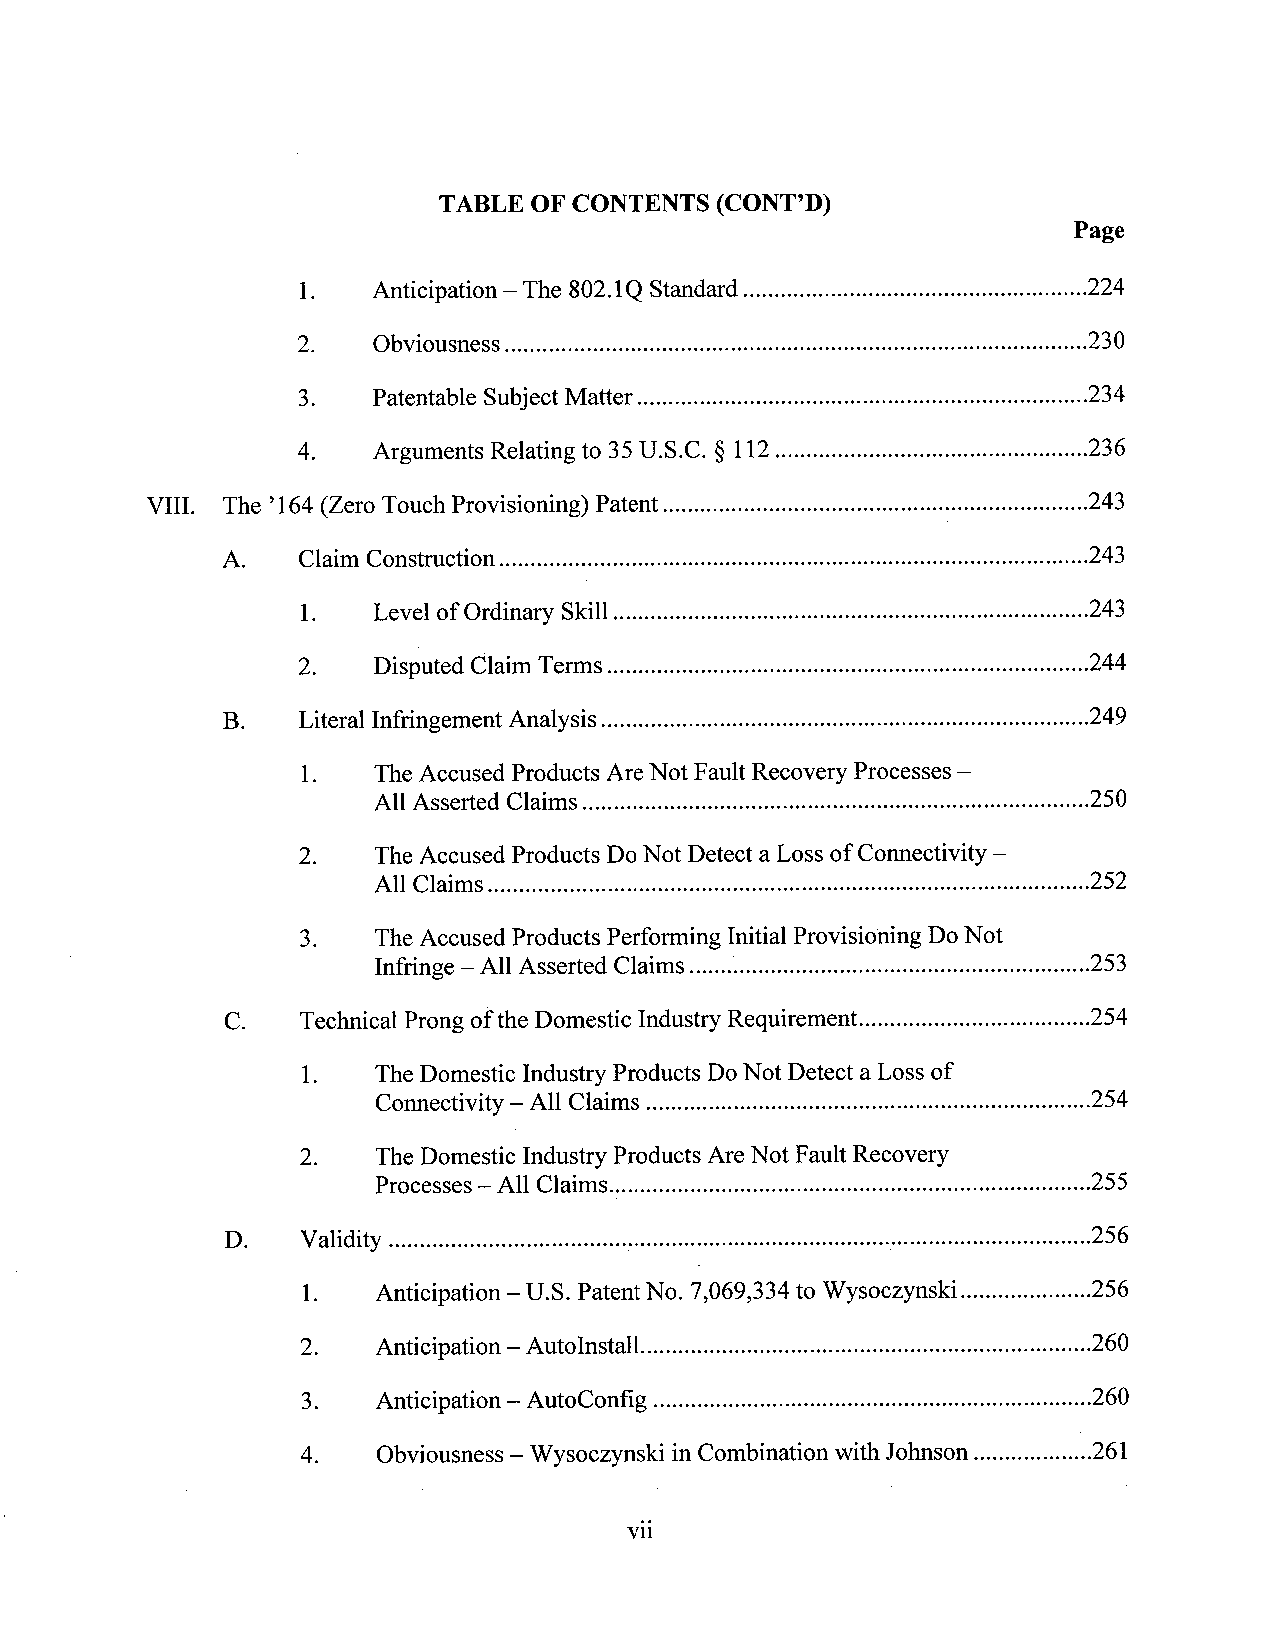
TABLE OF CONTENTS (CONT’D)
 Page
 1.   Anticipation —The 802.1Q Standard ..................................................... ..224
 2.   Obviousness........................................................................................... ..230
 3.   Patentable Subject Matter ........................................................................234
 4.   Arguments Relating to 35 U.S.C. § 112................................................ ..236
 VIII. The ’l64 (ZeroTouch Provisioning) Patent....................................................................243
 A.   Claim Construction............................................................................................ ..243
 1.   Level of Ordinary Skill...........................................................................243
 2.   Disputed Claim Tenns .............................................................................244
 B.   Literal Infringement Analysis............................................................................ ..249
 1.   The Accused Products Are Not Fault Recovery Processes —
 AllAsserted Claims............................................................................... ..250
 2.   The Accused Products D0 Not Detect a Loss of Connectivity —
 All Claims.............................................................................................. ..252
 3.   The Accused Products Performing Initial Provisioning DoNot
 Infringe —All Asserted Claims ..... ....................................................... ..253
 C.   Technical Prong ofthe Domestic Industry Requirement.....................................254
 1.   The Domestic Industry Products DoNot Detect a Loss of
 Comiectivity —All Claims ..................................................................... ..254
 2.   TheDomestic Industry Products AreNot Fault Recovery
 Processes —All Claims........................................................................... ..255
 D.   Validity .............................................................................. ..............................-256
 l.   Anticipation —U.S. Patent No. 7,069,334 to Wysoczynski ....................256
 2.   Anticipation —Autolnstall ...................................................................... ..260
 3.   Anticipation —AutoConfig .................................................................... .260
 4.   Obviousness —Wysoczynski in Combination with Johnson ...................26l
 vii